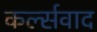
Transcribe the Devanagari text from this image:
कर्ल्सवाद